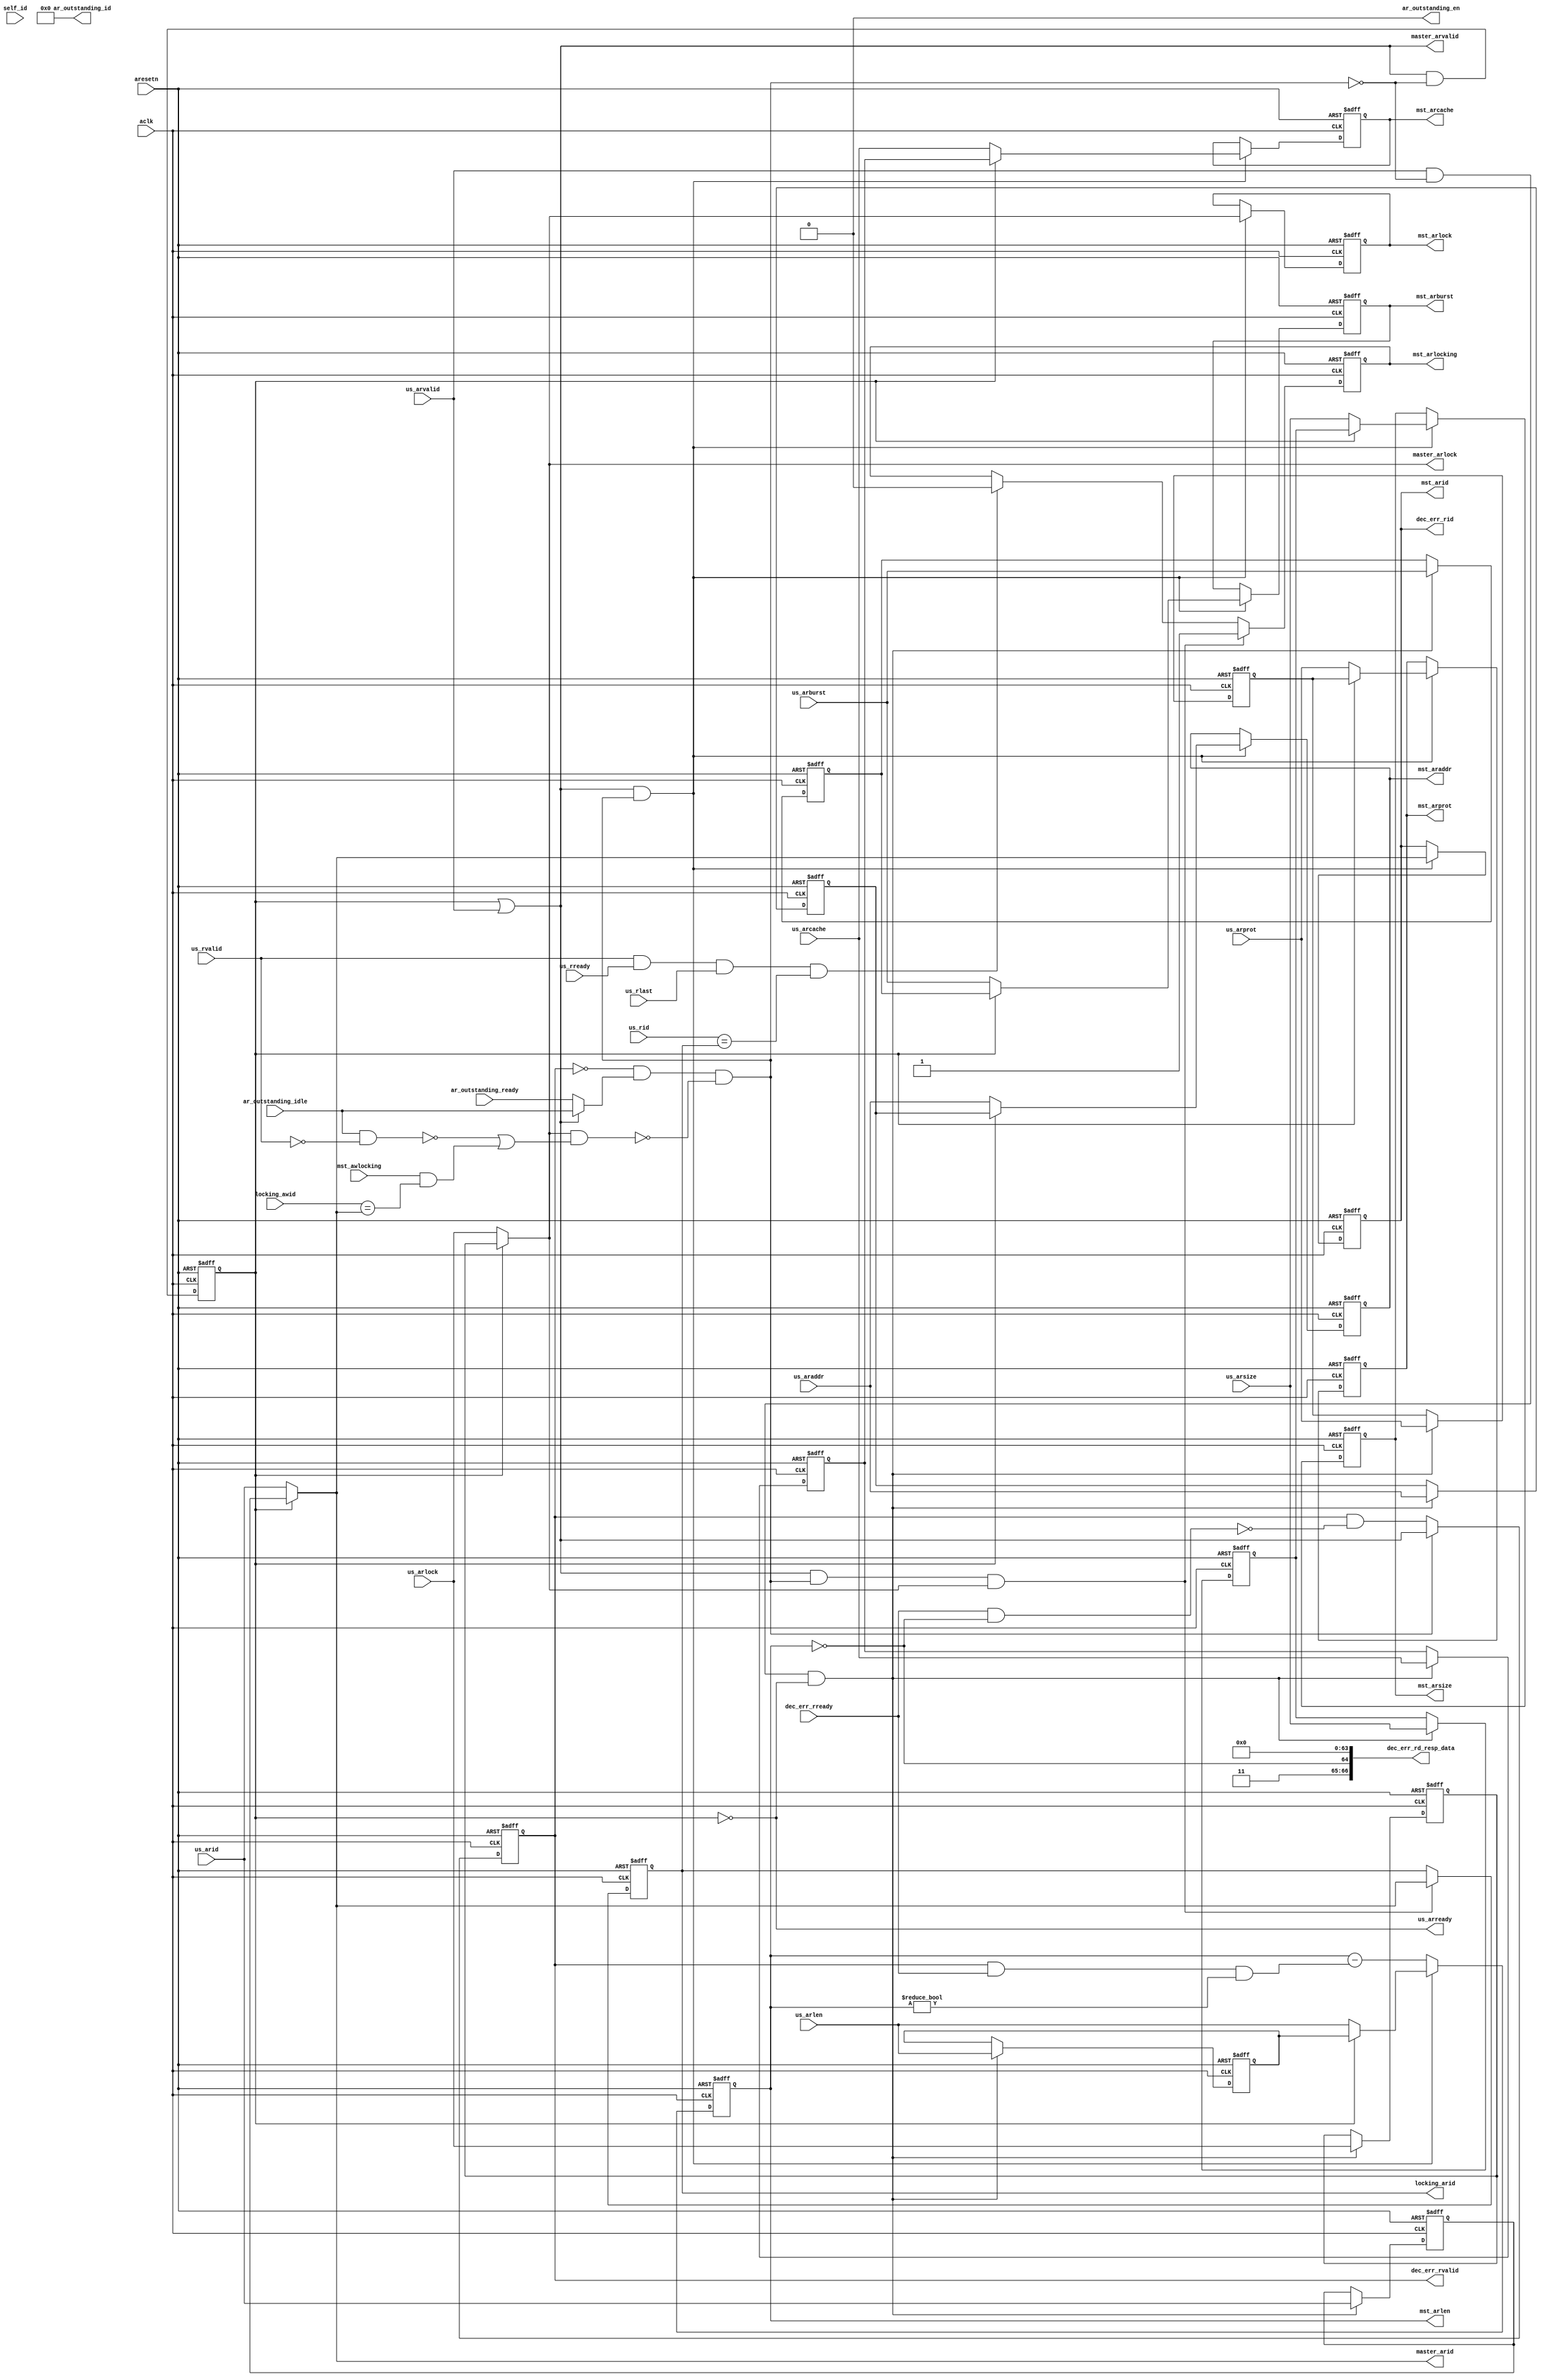
module atcbmc300_us_read_addr_ctrl (
// VPERL: &PORTLIST;
// VPERL_GENERATED_BEGIN
	  self_id,  
`ifdef ATCBMC300_SLV0_SUPPORT
	  slv0_ar_mid,
	  slv0_arready,
	  slv0_masked_base_addr,
	  slv0_addr_mask,
	  slv0_arvalid,
	  slv0_connect,
`endif // ATCBMC300_SLV0_SUPPORT
`ifdef ATCBMC300_SLV1_SUPPORT
	  slv1_ar_mid,
	  slv1_arready,
	  slv1_masked_base_addr,
	  slv1_addr_mask,
	  slv1_arvalid,
	  slv1_connect,
`endif // ATCBMC300_SLV1_SUPPORT
`ifdef ATCBMC300_SLV2_SUPPORT
	  slv2_ar_mid,
	  slv2_arready,
	  slv2_masked_base_addr,
	  slv2_addr_mask,
	  slv2_arvalid,
	  slv2_connect,
`endif // ATCBMC300_SLV2_SUPPORT
`ifdef ATCBMC300_SLV3_SUPPORT
	  slv3_ar_mid,
	  slv3_arready,
	  slv3_masked_base_addr,
	  slv3_addr_mask,
	  slv3_arvalid,
	  slv3_connect,
`endif // ATCBMC300_SLV3_SUPPORT
`ifdef ATCBMC300_SLV4_SUPPORT
	  slv4_ar_mid,
	  slv4_arready,
	  slv4_masked_base_addr,
	  slv4_addr_mask,
	  slv4_arvalid,
	  slv4_connect,
`endif // ATCBMC300_SLV4_SUPPORT
`ifdef ATCBMC300_SLV5_SUPPORT
	  slv5_ar_mid,
	  slv5_arready,
	  slv5_masked_base_addr,
	  slv5_addr_mask,
	  slv5_arvalid,
	  slv5_connect,
`endif // ATCBMC300_SLV5_SUPPORT
`ifdef ATCBMC300_SLV6_SUPPORT
	  slv6_ar_mid,
	  slv6_arready,
	  slv6_masked_base_addr,
	  slv6_addr_mask,
	  slv6_arvalid,
	  slv6_connect,
`endif // ATCBMC300_SLV6_SUPPORT
`ifdef ATCBMC300_SLV7_SUPPORT
	  slv7_ar_mid,
	  slv7_arready,
	  slv7_masked_base_addr,
	  slv7_addr_mask,
	  slv7_arvalid,
	  slv7_connect,
`endif // ATCBMC300_SLV7_SUPPORT
`ifdef ATCBMC300_SLV8_SUPPORT
	  slv8_ar_mid,
	  slv8_arready,
	  slv8_masked_base_addr,
	  slv8_addr_mask,
	  slv8_arvalid,
	  slv8_connect,
`endif // ATCBMC300_SLV8_SUPPORT
`ifdef ATCBMC300_SLV9_SUPPORT
	  slv9_ar_mid,
	  slv9_arready,
	  slv9_masked_base_addr,
	  slv9_addr_mask,
	  slv9_arvalid,
	  slv9_connect,
`endif // ATCBMC300_SLV9_SUPPORT
`ifdef ATCBMC300_SLV10_SUPPORT
	  slv10_ar_mid,
	  slv10_arready,
	  slv10_masked_base_addr,
	  slv10_addr_mask,
	  slv10_arvalid,
	  slv10_connect,
`endif // ATCBMC300_SLV10_SUPPORT
`ifdef ATCBMC300_SLV11_SUPPORT
	  slv11_ar_mid,
	  slv11_arready,
	  slv11_masked_base_addr,
	  slv11_addr_mask,
	  slv11_arvalid,
	  slv11_connect,
`endif // ATCBMC300_SLV11_SUPPORT
`ifdef ATCBMC300_SLV12_SUPPORT
	  slv12_ar_mid,
	  slv12_arready,
	  slv12_masked_base_addr,
	  slv12_addr_mask,
	  slv12_arvalid,
	  slv12_connect,
`endif // ATCBMC300_SLV12_SUPPORT
`ifdef ATCBMC300_SLV13_SUPPORT
	  slv13_ar_mid,
	  slv13_arready,
	  slv13_masked_base_addr,
	  slv13_addr_mask,
	  slv13_arvalid,
	  slv13_connect,
`endif // ATCBMC300_SLV13_SUPPORT
`ifdef ATCBMC300_SLV14_SUPPORT
	  slv14_ar_mid,
	  slv14_arready,
	  slv14_masked_base_addr,
	  slv14_addr_mask,
	  slv14_arvalid,
	  slv14_connect,
`endif // ATCBMC300_SLV14_SUPPORT
`ifdef ATCBMC300_SLV15_SUPPORT
	  slv15_ar_mid,
	  slv15_arready,
	  slv15_masked_base_addr,
	  slv15_addr_mask,
	  slv15_arvalid,
	  slv15_connect,
`endif // ATCBMC300_SLV15_SUPPORT
`ifdef ATCBMC300_SLV16_SUPPORT
	  slv16_ar_mid,
	  slv16_arready,
	  slv16_masked_base_addr,
	  slv16_addr_mask,
	  slv16_arvalid,
	  slv16_connect,
`endif // ATCBMC300_SLV16_SUPPORT
`ifdef ATCBMC300_SLV17_SUPPORT
	  slv17_ar_mid,
	  slv17_arready,
	  slv17_masked_base_addr,
	  slv17_addr_mask,
	  slv17_arvalid,
	  slv17_connect,
`endif // ATCBMC300_SLV17_SUPPORT
`ifdef ATCBMC300_SLV18_SUPPORT
	  slv18_ar_mid,
	  slv18_arready,
	  slv18_masked_base_addr,
	  slv18_addr_mask,
	  slv18_arvalid,
	  slv18_connect,
`endif // ATCBMC300_SLV18_SUPPORT
`ifdef ATCBMC300_SLV19_SUPPORT
	  slv19_ar_mid,
	  slv19_arready,
	  slv19_masked_base_addr,
	  slv19_addr_mask,
	  slv19_arvalid,
	  slv19_connect,
`endif // ATCBMC300_SLV19_SUPPORT
`ifdef ATCBMC300_SLV20_SUPPORT
	  slv20_ar_mid,
	  slv20_arready,
	  slv20_masked_base_addr,
	  slv20_addr_mask,
	  slv20_arvalid,
	  slv20_connect,
`endif // ATCBMC300_SLV20_SUPPORT
`ifdef ATCBMC300_SLV21_SUPPORT
	  slv21_ar_mid,
	  slv21_arready,
	  slv21_masked_base_addr,
	  slv21_addr_mask,
	  slv21_arvalid,
	  slv21_connect,
`endif // ATCBMC300_SLV21_SUPPORT
`ifdef ATCBMC300_SLV22_SUPPORT
	  slv22_ar_mid,
	  slv22_arready,
	  slv22_masked_base_addr,
	  slv22_addr_mask,
	  slv22_arvalid,
	  slv22_connect,
`endif // ATCBMC300_SLV22_SUPPORT
`ifdef ATCBMC300_SLV23_SUPPORT
	  slv23_ar_mid,
	  slv23_arready,
	  slv23_masked_base_addr,
	  slv23_addr_mask,
	  slv23_arvalid,
	  slv23_connect,
`endif // ATCBMC300_SLV23_SUPPORT
`ifdef ATCBMC300_SLV24_SUPPORT
	  slv24_ar_mid,
	  slv24_arready,
	  slv24_masked_base_addr,
	  slv24_addr_mask,
	  slv24_arvalid,
	  slv24_connect,
`endif // ATCBMC300_SLV24_SUPPORT
`ifdef ATCBMC300_SLV25_SUPPORT
	  slv25_ar_mid,
	  slv25_arready,
	  slv25_masked_base_addr,
	  slv25_addr_mask,
	  slv25_arvalid,
	  slv25_connect,
`endif // ATCBMC300_SLV25_SUPPORT
`ifdef ATCBMC300_SLV26_SUPPORT
	  slv26_ar_mid,
	  slv26_arready,
	  slv26_masked_base_addr,
	  slv26_addr_mask,
	  slv26_arvalid,
	  slv26_connect,
`endif // ATCBMC300_SLV26_SUPPORT
`ifdef ATCBMC300_SLV27_SUPPORT
	  slv27_ar_mid,
	  slv27_arready,
	  slv27_masked_base_addr,
	  slv27_addr_mask,
	  slv27_arvalid,
	  slv27_connect,
`endif // ATCBMC300_SLV27_SUPPORT
`ifdef ATCBMC300_SLV28_SUPPORT
	  slv28_ar_mid,
	  slv28_arready,
	  slv28_masked_base_addr,
	  slv28_addr_mask,
	  slv28_arvalid,
	  slv28_connect,
`endif // ATCBMC300_SLV28_SUPPORT
`ifdef ATCBMC300_SLV29_SUPPORT
	  slv29_ar_mid,
	  slv29_arready,
	  slv29_masked_base_addr,
	  slv29_addr_mask,
	  slv29_arvalid,
	  slv29_connect,
`endif // ATCBMC300_SLV29_SUPPORT
`ifdef ATCBMC300_SLV30_SUPPORT
	  slv30_ar_mid,
	  slv30_arready,
	  slv30_masked_base_addr,
	  slv30_addr_mask,
	  slv30_arvalid,
	  slv30_connect,
`endif // ATCBMC300_SLV30_SUPPORT
`ifdef ATCBMC300_SLV31_SUPPORT
	  slv31_ar_mid,
	  slv31_arready,
	  slv31_masked_base_addr,
	  slv31_addr_mask,
	  slv31_arvalid,
	  slv31_connect,
`endif // ATCBMC300_SLV31_SUPPORT
	  us_araddr,
	  us_arlen, 
	  us_arsize,
	  us_arburst,
	  us_arlock,
	  us_arcache,
	  us_arprot,
	  us_arid,  
	  us_arvalid,
	  us_arready,
	  mst_araddr,
	  mst_arlen,
	  mst_arsize,
	  mst_arburst,
	  mst_arlock,
	  mst_arcache,
	  mst_arprot,
	  mst_arid, 
	  dec_err_rvalid,
	  us_rid,   
	  us_rlast, 
	  us_rready,
	  us_rvalid,
	  master_arlock,
	  master_arvalid,
	  master_arid,
	  mst_arlocking,
	  locking_arid,
	  mst_awlocking,
	  locking_awid,
	  dec_err_rready,
	  dec_err_rd_resp_data,
	  dec_err_rid,
	  ar_outstanding_en,
	  ar_outstanding_id,
	  ar_outstanding_ready,
	  ar_outstanding_idle,
	  aclk,     
	  aresetn   
// VPERL_GENERATED_END
);
parameter ADDR_WIDTH = 32;
parameter DATA_WIDTH = 64;
parameter ID_WIDTH   = 4;
parameter RESP_INORDER_ONLY = 1;
parameter OUTSTAND_ID_WIDTH = 5;

localparam ADDR_MSB = ADDR_WIDTH - 1;
localparam DATA_MSB = DATA_WIDTH - 1;
localparam ID_MSB   = ID_WIDTH - 1;
localparam OUTSTAND_ID_MSB = OUTSTAND_ID_WIDTH - 1;

input [3:0]     self_id;
//# VPERL_BEGIN
//  for ($i=0;$i<32;$i++) {
// :`ifdef ATCBMC300_SLV${i}_SUPPORT
// : input [3:0]        slv${i}_ar_mid;
// : input              slv${i}_arready;
// : input [64:0]	slv${i}_masked_base_addr;
// : input [64:0]	slv${i}_addr_mask;
// : output		slv${i}_arvalid;
// : input              slv${i}_connect;
// : `endif
// }
//# VPERL_END

//# VPERL_GENERATED_BEGIN
`ifdef ATCBMC300_SLV0_SUPPORT
input [3:0]        slv0_ar_mid;
input              slv0_arready;
input [64:0]	   slv0_masked_base_addr;
input [64:0]   	   slv0_addr_mask;
output		   slv0_arvalid;
input              slv0_connect;
`endif
`ifdef ATCBMC300_SLV1_SUPPORT
input [3:0]        slv1_ar_mid;
input              slv1_arready;
input [64:0]	slv1_masked_base_addr;
input [64:0]	slv1_addr_mask;
output		slv1_arvalid;
input              slv1_connect;
`endif
`ifdef ATCBMC300_SLV2_SUPPORT
input [3:0]        slv2_ar_mid;
input              slv2_arready;
input [64:0]	slv2_masked_base_addr;
input [64:0]	slv2_addr_mask;
output		slv2_arvalid;
input              slv2_connect;
`endif
`ifdef ATCBMC300_SLV3_SUPPORT
input [3:0]        slv3_ar_mid;
input              slv3_arready;
input [64:0]	slv3_masked_base_addr;
input [64:0]	slv3_addr_mask;
output		slv3_arvalid;
input              slv3_connect;
`endif
`ifdef ATCBMC300_SLV4_SUPPORT
input [3:0]        slv4_ar_mid;
input              slv4_arready;
input [64:0]	slv4_masked_base_addr;
input [64:0]	slv4_addr_mask;
output		slv4_arvalid;
input              slv4_connect;
`endif
`ifdef ATCBMC300_SLV5_SUPPORT
input [3:0]        slv5_ar_mid;
input              slv5_arready;
input [64:0]	slv5_masked_base_addr;
input [64:0]	slv5_addr_mask;
output		slv5_arvalid;
input              slv5_connect;
`endif
`ifdef ATCBMC300_SLV6_SUPPORT
input [3:0]        slv6_ar_mid;
input              slv6_arready;
input [64:0]	slv6_masked_base_addr;
input [64:0]	slv6_addr_mask;
output		slv6_arvalid;
input              slv6_connect;
`endif
`ifdef ATCBMC300_SLV7_SUPPORT
input [3:0]        slv7_ar_mid;
input              slv7_arready;
input [64:0]	slv7_masked_base_addr;
input [64:0]	slv7_addr_mask;
output		slv7_arvalid;
input              slv7_connect;
`endif
`ifdef ATCBMC300_SLV8_SUPPORT
input [3:0]        slv8_ar_mid;
input              slv8_arready;
input [64:0]	slv8_masked_base_addr;
input [64:0]	slv8_addr_mask;
output		slv8_arvalid;
input              slv8_connect;
`endif
`ifdef ATCBMC300_SLV9_SUPPORT
input [3:0]        slv9_ar_mid;
input              slv9_arready;
input [64:0]	slv9_masked_base_addr;
input [64:0]	slv9_addr_mask;
output		slv9_arvalid;
input              slv9_connect;
`endif
`ifdef ATCBMC300_SLV10_SUPPORT
input [3:0]        slv10_ar_mid;
input              slv10_arready;
input [64:0]	slv10_masked_base_addr;
input [64:0]	slv10_addr_mask;
output		slv10_arvalid;
input              slv10_connect;
`endif
`ifdef ATCBMC300_SLV11_SUPPORT
input [3:0]        slv11_ar_mid;
input              slv11_arready;
input [64:0]	slv11_masked_base_addr;
input [64:0]	slv11_addr_mask;
output		slv11_arvalid;
input              slv11_connect;
`endif
`ifdef ATCBMC300_SLV12_SUPPORT
input [3:0]        slv12_ar_mid;
input              slv12_arready;
input [64:0]	slv12_masked_base_addr;
input [64:0]	slv12_addr_mask;
output		slv12_arvalid;
input              slv12_connect;
`endif
`ifdef ATCBMC300_SLV13_SUPPORT
input [3:0]        slv13_ar_mid;
input              slv13_arready;
input [64:0]	slv13_masked_base_addr;
input [64:0]	slv13_addr_mask;
output		slv13_arvalid;
input              slv13_connect;
`endif
`ifdef ATCBMC300_SLV14_SUPPORT
input [3:0]        slv14_ar_mid;
input              slv14_arready;
input [64:0]	slv14_masked_base_addr;
input [64:0]	slv14_addr_mask;
output		slv14_arvalid;
input              slv14_connect;
`endif
`ifdef ATCBMC300_SLV15_SUPPORT
input [3:0]        slv15_ar_mid;
input              slv15_arready;
input [64:0]	slv15_masked_base_addr;
input [64:0]	slv15_addr_mask;
output		slv15_arvalid;
input              slv15_connect;
`endif
`ifdef ATCBMC300_SLV16_SUPPORT
input [3:0]        slv16_ar_mid;
input              slv16_arready;
input [64:0]	slv16_masked_base_addr;
input [64:0]	slv16_addr_mask;
output		slv16_arvalid;
input              slv16_connect;
`endif
`ifdef ATCBMC300_SLV17_SUPPORT
input [3:0]        slv17_ar_mid;
input              slv17_arready;
input [64:0]	slv17_masked_base_addr;
input [64:0]	slv17_addr_mask;
output		slv17_arvalid;
input              slv17_connect;
`endif
`ifdef ATCBMC300_SLV18_SUPPORT
input [3:0]        slv18_ar_mid;
input              slv18_arready;
input [64:0]	slv18_masked_base_addr;
input [64:0]	slv18_addr_mask;
output		slv18_arvalid;
input              slv18_connect;
`endif
`ifdef ATCBMC300_SLV19_SUPPORT
input [3:0]        slv19_ar_mid;
input              slv19_arready;
input [64:0]	slv19_masked_base_addr;
input [64:0]	slv19_addr_mask;
output		slv19_arvalid;
input              slv19_connect;
`endif
`ifdef ATCBMC300_SLV20_SUPPORT
input [3:0]        slv20_ar_mid;
input              slv20_arready;
input [64:0]	slv20_masked_base_addr;
input [64:0]	slv20_addr_mask;
output		slv20_arvalid;
input              slv20_connect;
`endif
`ifdef ATCBMC300_SLV21_SUPPORT
input [3:0]        slv21_ar_mid;
input              slv21_arready;
input [64:0]	slv21_masked_base_addr;
input [64:0]	slv21_addr_mask;
output		slv21_arvalid;
input              slv21_connect;
`endif
`ifdef ATCBMC300_SLV22_SUPPORT
input [3:0]        slv22_ar_mid;
input              slv22_arready;
input [64:0]	slv22_masked_base_addr;
input [64:0]	slv22_addr_mask;
output		slv22_arvalid;
input              slv22_connect;
`endif
`ifdef ATCBMC300_SLV23_SUPPORT
input [3:0]        slv23_ar_mid;
input              slv23_arready;
input [64:0]	slv23_masked_base_addr;
input [64:0]	slv23_addr_mask;
output		slv23_arvalid;
input              slv23_connect;
`endif
`ifdef ATCBMC300_SLV24_SUPPORT
input [3:0]        slv24_ar_mid;
input              slv24_arready;
input [64:0]	slv24_masked_base_addr;
input [64:0]	slv24_addr_mask;
output		slv24_arvalid;
input              slv24_connect;
`endif
`ifdef ATCBMC300_SLV25_SUPPORT
input [3:0]        slv25_ar_mid;
input              slv25_arready;
input [64:0]	slv25_masked_base_addr;
input [64:0]	slv25_addr_mask;
output		slv25_arvalid;
input              slv25_connect;
`endif
`ifdef ATCBMC300_SLV26_SUPPORT
input [3:0]        slv26_ar_mid;
input              slv26_arready;
input [64:0]	slv26_masked_base_addr;
input [64:0]	slv26_addr_mask;
output		slv26_arvalid;
input              slv26_connect;
`endif
`ifdef ATCBMC300_SLV27_SUPPORT
input [3:0]        slv27_ar_mid;
input              slv27_arready;
input [64:0]	slv27_masked_base_addr;
input [64:0]	slv27_addr_mask;
output		slv27_arvalid;
input              slv27_connect;
`endif
`ifdef ATCBMC300_SLV28_SUPPORT
input [3:0]        slv28_ar_mid;
input              slv28_arready;
input [64:0]	slv28_masked_base_addr;
input [64:0]	slv28_addr_mask;
output		slv28_arvalid;
input              slv28_connect;
`endif
`ifdef ATCBMC300_SLV29_SUPPORT
input [3:0]        slv29_ar_mid;
input              slv29_arready;
input [64:0]	slv29_masked_base_addr;
input [64:0]	slv29_addr_mask;
output		slv29_arvalid;
input              slv29_connect;
`endif
`ifdef ATCBMC300_SLV30_SUPPORT
input [3:0]        slv30_ar_mid;
input              slv30_arready;
input [64:0]	slv30_masked_base_addr;
input [64:0]	slv30_addr_mask;
output		slv30_arvalid;
input              slv30_connect;
`endif
`ifdef ATCBMC300_SLV31_SUPPORT
input [3:0]        slv31_ar_mid;
input              slv31_arready;
input [64:0]	slv31_masked_base_addr;
input [64:0]	slv31_addr_mask;
output		slv31_arvalid;
input              slv31_connect;
`endif
//# VPERL_GENERATED_END
input [ADDR_MSB:0] us_araddr;
input [7:0]        us_arlen;
input [2:0]        us_arsize;
input [1:0]        us_arburst;
input 	           us_arlock;
input [3:0]        us_arcache;
input [2:0]        us_arprot;
input [ID_MSB:0]   us_arid;       
input              us_arvalid;
output             us_arready;

output [ADDR_MSB:0] mst_araddr;
output [7:0]        mst_arlen;
output [2:0]        mst_arsize;
output [1:0]        mst_arburst;
output 	            mst_arlock;
output [3:0]        mst_arcache;
output [2:0]        mst_arprot;
output [ID_MSB:0]   mst_arid;       
output 		    dec_err_rvalid;
input [ID_MSB:0]    us_rid;
input               us_rlast;
input               us_rready;
input               us_rvalid;
output       	    master_arlock;
output        	    master_arvalid;
output 	[ID_MSB:0]  master_arid;
output 		    mst_arlocking;
output [ID_MSB:0]   locking_arid;
input 		    mst_awlocking;
input [ID_MSB:0]    locking_awid;
input		    dec_err_rready;
//input  [3:0]	    def_slave_amid;
output [(DATA_MSB+3):0] dec_err_rd_resp_data;
output [ID_MSB:0]   dec_err_rid;       
output 		    ar_outstanding_en;
output [OUTSTAND_ID_MSB:0]  	    ar_outstanding_id;
input		    ar_outstanding_ready;
input     	    ar_outstanding_idle;
input aclk;
input aresetn;

reg [ADDR_MSB:0] pending_araddr;
reg [7:0]        pending_arlen;
reg [2:0]        pending_arsize;
reg [1:0]        pending_arburst;
reg 	         pending_arlock;
reg [3:0]        pending_arcache;
reg [2:0]        pending_arprot;
reg [ID_MSB:0]   pending_arid;
reg              pending_arvalid;
reg [ADDR_MSB:0] mst_araddr;
reg [7:0]        mst_arlen;
reg [2:0]        mst_arsize;
reg [1:0]        mst_arburst;
reg 	         mst_arlock;
reg [3:0]        mst_arcache;
reg [2:0]        mst_arprot;
reg [ID_MSB:0]   mst_arid;       
reg 		 dec_err_rvalid;
reg 		 mst_arlocking;
reg [ID_MSB:0]   locking_arid;
wire [31:0]      mst_arvalid;
wire [ADDR_MSB:0] master_araddr;
wire [ID_MSB:0] master_arid;
wire        master_arvalid;
wire        master_arlock;
wire [31:0] slave_arready;
wire [31:0] slave_hit;
wire [31:0] slave_pre_hit;
wire        master_arready;
wire        data_channel_ready;
wire        read_exclusive_blocking;
wire [4:0]  slave_sel_id;
wire	    dec_err_sel;

generate
	if (RESP_INORDER_ONLY==1) begin:only_slave_id
		assign ar_outstanding_id = slave_sel_id;
	end else begin:include_arid
		assign ar_outstanding_id = {master_arid,slave_sel_id};
	end
endgenerate

assign slave_sel_id[4] =  |slave_hit[31:16];
assign slave_sel_id[3] = |{slave_hit[31:24],slave_hit[15:08]};
assign slave_sel_id[2] = |{slave_hit[31:28],slave_hit[23:20],
     	          	   slave_hit[15:12],slave_hit[07:04]};
assign slave_sel_id[1] = |{slave_hit[31:30],slave_hit[27:26],
                           slave_hit[23:22],slave_hit[19:18], 
                           slave_hit[15:14],slave_hit[11:10], 
                           slave_hit[07:06],slave_hit[03:02]};
assign slave_sel_id[0] = |{slave_hit[31],slave_hit[29],slave_hit[27],slave_hit[25],
                           slave_hit[23],slave_hit[21],slave_hit[19],slave_hit[17], 
                           slave_hit[15],slave_hit[13],slave_hit[11],slave_hit[09], 
                           slave_hit[07],slave_hit[05],slave_hit[03],slave_hit[01]};
assign dec_err_sel = master_arvalid & (~|slave_hit);
assign ar_outstanding_en = (|slave_hit) & master_arready;
// VPERL_BEGIN
//  for ($i=0;$i<32;$i++) {
// :`ifdef ATCBMC300_SLV${i}_SUPPORT
// : reg slv${i}_arvalid;
// :always @(posedge aclk or negedge aresetn) begin
// :	if (!aresetn)
// :		slv${i}_arvalid <= 1'b0;
// :	else 
// :		slv${i}_arvalid <= master_arready ? slave_hit[${i}] : (slv${i}_arvalid & ~slave_arready[${i}]);
// :end
// :
// :	assign mst_arvalid[${i}] = slv${i}_arvalid;
// :	assign slave_pre_hit[${i}] = master_arvalid & slv${i}_connect & (slv${i}_masked_base_addr==({{(65-ADDR_WIDTH){1'b0}},master_araddr} & slv${i}_addr_mask));
// :	`ifdef ATCBMC300_PRIORITY_DECODE
//		if ($i == 0) {
// :		assign slave_hit[${i}] = slave_pre_hit[${i}];
//		} elsif ($i == 1) {
// :		assign slave_hit[${i}] = slave_pre_hit[${i}] & (~slave_pre_hit[0]);
//		} else {
// :		assign slave_hit[${i}] = slave_pre_hit[${i}] & (~(|slave_pre_hit[%d:0]));	:: $i-1 
//		}
// :	`else
// :		assign slave_hit[${i}] = slave_pre_hit[${i}];
// :	`endif // ATCBMC300_PRIORITY_DECODE
// :	assign slave_arready[${i}] = (slv${i}_ar_mid==self_id) & slv${i}_arready & slv${i}_connect;
// :`else 
// : 	assign    slave_hit[${i}] = 1'b0;
// : 	assign    slave_pre_hit[${i}] = 1'b0;
// :	assign slave_arready[${i}] = 1'b0;
// :	assign   mst_arvalid[${i}] = 1'b0;
// :`endif
// }
// VPERL_END

// VPERL_GENERATED_BEGIN
`ifdef ATCBMC300_SLV0_SUPPORT
reg slv0_arvalid;
always @(posedge aclk or negedge aresetn) begin
	if (!aresetn)
		slv0_arvalid <= 1'b0;
	else
		slv0_arvalid <= master_arready ? slave_hit[0] : (slv0_arvalid & ~slave_arready[0]);
end

	assign mst_arvalid[0] = slv0_arvalid;
	assign slave_pre_hit[0] = master_arvalid & slv0_connect & (slv0_masked_base_addr==({{(65-ADDR_WIDTH){1'b0}},master_araddr} & slv0_addr_mask));
	`ifdef ATCBMC300_PRIORITY_DECODE
		assign slave_hit[0] = slave_pre_hit[0];
	`else
		assign slave_hit[0] = slave_pre_hit[0];
	`endif // ATCBMC300_PRIORITY_DECODE
	assign slave_arready[0] = (slv0_ar_mid==self_id) & slv0_arready & slv0_connect;
`else
	assign    slave_hit[0] = 1'b0;
	assign    slave_pre_hit[0] = 1'b0;
	assign slave_arready[0] = 1'b0;
	assign   mst_arvalid[0] = 1'b0;
`endif
`ifdef ATCBMC300_SLV1_SUPPORT
reg slv1_arvalid;
always @(posedge aclk or negedge aresetn) begin
	if (!aresetn)
		slv1_arvalid <= 1'b0;
	else
		slv1_arvalid <= master_arready ? slave_hit[1] : (slv1_arvalid & ~slave_arready[1]);
end

	assign mst_arvalid[1] = slv1_arvalid;
	assign slave_pre_hit[1] = master_arvalid & slv1_connect & (slv1_masked_base_addr==({{(65-ADDR_WIDTH){1'b0}},master_araddr} & slv1_addr_mask));
	`ifdef ATCBMC300_PRIORITY_DECODE
		assign slave_hit[1] = slave_pre_hit[1] & (~slave_pre_hit[0]);
	`else
		assign slave_hit[1] = slave_pre_hit[1];
	`endif // ATCBMC300_PRIORITY_DECODE
	assign slave_arready[1] = (slv1_ar_mid==self_id) & slv1_arready & slv1_connect;
`else
	assign    slave_hit[1] = 1'b0;
	assign    slave_pre_hit[1] = 1'b0;
	assign slave_arready[1] = 1'b0;
	assign   mst_arvalid[1] = 1'b0;
`endif
`ifdef ATCBMC300_SLV2_SUPPORT
reg slv2_arvalid;
always @(posedge aclk or negedge aresetn) begin
	if (!aresetn)
		slv2_arvalid <= 1'b0;
	else
		slv2_arvalid <= master_arready ? slave_hit[2] : (slv2_arvalid & ~slave_arready[2]);
end

	assign mst_arvalid[2] = slv2_arvalid;
	assign slave_pre_hit[2] = master_arvalid & slv2_connect & (slv2_masked_base_addr==({{(65-ADDR_WIDTH){1'b0}},master_araddr} & slv2_addr_mask));
	`ifdef ATCBMC300_PRIORITY_DECODE
		assign slave_hit[2] = slave_pre_hit[2] & (~(|slave_pre_hit[1:0]));
	`else
		assign slave_hit[2] = slave_pre_hit[2];
	`endif // ATCBMC300_PRIORITY_DECODE
	assign slave_arready[2] = (slv2_ar_mid==self_id) & slv2_arready & slv2_connect;
`else
	assign    slave_hit[2] = 1'b0;
	assign    slave_pre_hit[2] = 1'b0;
	assign slave_arready[2] = 1'b0;
	assign   mst_arvalid[2] = 1'b0;
`endif
`ifdef ATCBMC300_SLV3_SUPPORT
reg slv3_arvalid;
always @(posedge aclk or negedge aresetn) begin
	if (!aresetn)
		slv3_arvalid <= 1'b0;
	else
		slv3_arvalid <= master_arready ? slave_hit[3] : (slv3_arvalid & ~slave_arready[3]);
end

	assign mst_arvalid[3] = slv3_arvalid;
	assign slave_pre_hit[3] = master_arvalid & slv3_connect & (slv3_masked_base_addr==({{(65-ADDR_WIDTH){1'b0}},master_araddr} & slv3_addr_mask));
	`ifdef ATCBMC300_PRIORITY_DECODE
		assign slave_hit[3] = slave_pre_hit[3] & (~(|slave_pre_hit[2:0]));
	`else
		assign slave_hit[3] = slave_pre_hit[3];
	`endif // ATCBMC300_PRIORITY_DECODE
	assign slave_arready[3] = (slv3_ar_mid==self_id) & slv3_arready & slv3_connect;
`else
	assign    slave_hit[3] = 1'b0;
	assign    slave_pre_hit[3] = 1'b0;
	assign slave_arready[3] = 1'b0;
	assign   mst_arvalid[3] = 1'b0;
`endif
`ifdef ATCBMC300_SLV4_SUPPORT
reg slv4_arvalid;
always @(posedge aclk or negedge aresetn) begin
	if (!aresetn)
		slv4_arvalid <= 1'b0;
	else
		slv4_arvalid <= master_arready ? slave_hit[4] : (slv4_arvalid & ~slave_arready[4]);
end

	assign mst_arvalid[4] = slv4_arvalid;
	assign slave_pre_hit[4] = master_arvalid & slv4_connect & (slv4_masked_base_addr==({{(65-ADDR_WIDTH){1'b0}},master_araddr} & slv4_addr_mask));
	`ifdef ATCBMC300_PRIORITY_DECODE
		assign slave_hit[4] = slave_pre_hit[4] & (~(|slave_pre_hit[3:0]));
	`else
		assign slave_hit[4] = slave_pre_hit[4];
	`endif // ATCBMC300_PRIORITY_DECODE
	assign slave_arready[4] = (slv4_ar_mid==self_id) & slv4_arready & slv4_connect;
`else
	assign    slave_hit[4] = 1'b0;
	assign    slave_pre_hit[4] = 1'b0;
	assign slave_arready[4] = 1'b0;
	assign   mst_arvalid[4] = 1'b0;
`endif
`ifdef ATCBMC300_SLV5_SUPPORT
reg slv5_arvalid;
always @(posedge aclk or negedge aresetn) begin
	if (!aresetn)
		slv5_arvalid <= 1'b0;
	else
		slv5_arvalid <= master_arready ? slave_hit[5] : (slv5_arvalid & ~slave_arready[5]);
end

	assign mst_arvalid[5] = slv5_arvalid;
	assign slave_pre_hit[5] = master_arvalid & slv5_connect & (slv5_masked_base_addr==({{(65-ADDR_WIDTH){1'b0}},master_araddr} & slv5_addr_mask));
	`ifdef ATCBMC300_PRIORITY_DECODE
		assign slave_hit[5] = slave_pre_hit[5] & (~(|slave_pre_hit[4:0]));
	`else
		assign slave_hit[5] = slave_pre_hit[5];
	`endif // ATCBMC300_PRIORITY_DECODE
	assign slave_arready[5] = (slv5_ar_mid==self_id) & slv5_arready & slv5_connect;
`else
	assign    slave_hit[5] = 1'b0;
	assign    slave_pre_hit[5] = 1'b0;
	assign slave_arready[5] = 1'b0;
	assign   mst_arvalid[5] = 1'b0;
`endif
`ifdef ATCBMC300_SLV6_SUPPORT
reg slv6_arvalid;
always @(posedge aclk or negedge aresetn) begin
	if (!aresetn)
		slv6_arvalid <= 1'b0;
	else
		slv6_arvalid <= master_arready ? slave_hit[6] : (slv6_arvalid & ~slave_arready[6]);
end

	assign mst_arvalid[6] = slv6_arvalid;
	assign slave_pre_hit[6] = master_arvalid & slv6_connect & (slv6_masked_base_addr==({{(65-ADDR_WIDTH){1'b0}},master_araddr} & slv6_addr_mask));
	`ifdef ATCBMC300_PRIORITY_DECODE
		assign slave_hit[6] = slave_pre_hit[6] & (~(|slave_pre_hit[5:0]));
	`else
		assign slave_hit[6] = slave_pre_hit[6];
	`endif // ATCBMC300_PRIORITY_DECODE
	assign slave_arready[6] = (slv6_ar_mid==self_id) & slv6_arready & slv6_connect;
`else
	assign    slave_hit[6] = 1'b0;
	assign    slave_pre_hit[6] = 1'b0;
	assign slave_arready[6] = 1'b0;
	assign   mst_arvalid[6] = 1'b0;
`endif
`ifdef ATCBMC300_SLV7_SUPPORT
reg slv7_arvalid;
always @(posedge aclk or negedge aresetn) begin
	if (!aresetn)
		slv7_arvalid <= 1'b0;
	else
		slv7_arvalid <= master_arready ? slave_hit[7] : (slv7_arvalid & ~slave_arready[7]);
end

	assign mst_arvalid[7] = slv7_arvalid;
	assign slave_pre_hit[7] = master_arvalid & slv7_connect & (slv7_masked_base_addr==({{(65-ADDR_WIDTH){1'b0}},master_araddr} & slv7_addr_mask));
	`ifdef ATCBMC300_PRIORITY_DECODE
		assign slave_hit[7] = slave_pre_hit[7] & (~(|slave_pre_hit[6:0]));
	`else
		assign slave_hit[7] = slave_pre_hit[7];
	`endif // ATCBMC300_PRIORITY_DECODE
	assign slave_arready[7] = (slv7_ar_mid==self_id) & slv7_arready & slv7_connect;
`else
	assign    slave_hit[7] = 1'b0;
	assign    slave_pre_hit[7] = 1'b0;
	assign slave_arready[7] = 1'b0;
	assign   mst_arvalid[7] = 1'b0;
`endif
`ifdef ATCBMC300_SLV8_SUPPORT
reg slv8_arvalid;
always @(posedge aclk or negedge aresetn) begin
	if (!aresetn)
		slv8_arvalid <= 1'b0;
	else
		slv8_arvalid <= master_arready ? slave_hit[8] : (slv8_arvalid & ~slave_arready[8]);
end

	assign mst_arvalid[8] = slv8_arvalid;
	assign slave_pre_hit[8] = master_arvalid & slv8_connect & (slv8_masked_base_addr==({{(65-ADDR_WIDTH){1'b0}},master_araddr} & slv8_addr_mask));
	`ifdef ATCBMC300_PRIORITY_DECODE
		assign slave_hit[8] = slave_pre_hit[8] & (~(|slave_pre_hit[7:0]));
	`else
		assign slave_hit[8] = slave_pre_hit[8];
	`endif // ATCBMC300_PRIORITY_DECODE
	assign slave_arready[8] = (slv8_ar_mid==self_id) & slv8_arready & slv8_connect;
`else
	assign    slave_hit[8] = 1'b0;
	assign    slave_pre_hit[8] = 1'b0;
	assign slave_arready[8] = 1'b0;
	assign   mst_arvalid[8] = 1'b0;
`endif
`ifdef ATCBMC300_SLV9_SUPPORT
reg slv9_arvalid;
always @(posedge aclk or negedge aresetn) begin
	if (!aresetn)
		slv9_arvalid <= 1'b0;
	else
		slv9_arvalid <= master_arready ? slave_hit[9] : (slv9_arvalid & ~slave_arready[9]);
end

	assign mst_arvalid[9] = slv9_arvalid;
	assign slave_pre_hit[9] = master_arvalid & slv9_connect & (slv9_masked_base_addr==({{(65-ADDR_WIDTH){1'b0}},master_araddr} & slv9_addr_mask));
	`ifdef ATCBMC300_PRIORITY_DECODE
		assign slave_hit[9] = slave_pre_hit[9] & (~(|slave_pre_hit[8:0]));
	`else
		assign slave_hit[9] = slave_pre_hit[9];
	`endif // ATCBMC300_PRIORITY_DECODE
	assign slave_arready[9] = (slv9_ar_mid==self_id) & slv9_arready & slv9_connect;
`else
	assign    slave_hit[9] = 1'b0;
	assign    slave_pre_hit[9] = 1'b0;
	assign slave_arready[9] = 1'b0;
	assign   mst_arvalid[9] = 1'b0;
`endif
`ifdef ATCBMC300_SLV10_SUPPORT
reg slv10_arvalid;
always @(posedge aclk or negedge aresetn) begin
	if (!aresetn)
		slv10_arvalid <= 1'b0;
	else
		slv10_arvalid <= master_arready ? slave_hit[10] : (slv10_arvalid & ~slave_arready[10]);
end

	assign mst_arvalid[10] = slv10_arvalid;
	assign slave_pre_hit[10] = master_arvalid & slv10_connect & (slv10_masked_base_addr==({{(65-ADDR_WIDTH){1'b0}},master_araddr} & slv10_addr_mask));
	`ifdef ATCBMC300_PRIORITY_DECODE
		assign slave_hit[10] = slave_pre_hit[10] & (~(|slave_pre_hit[9:0]));
	`else
		assign slave_hit[10] = slave_pre_hit[10];
	`endif // ATCBMC300_PRIORITY_DECODE
	assign slave_arready[10] = (slv10_ar_mid==self_id) & slv10_arready & slv10_connect;
`else
	assign    slave_hit[10] = 1'b0;
	assign    slave_pre_hit[10] = 1'b0;
	assign slave_arready[10] = 1'b0;
	assign   mst_arvalid[10] = 1'b0;
`endif
`ifdef ATCBMC300_SLV11_SUPPORT
reg slv11_arvalid;
always @(posedge aclk or negedge aresetn) begin
	if (!aresetn)
		slv11_arvalid <= 1'b0;
	else
		slv11_arvalid <= master_arready ? slave_hit[11] : (slv11_arvalid & ~slave_arready[11]);
end

	assign mst_arvalid[11] = slv11_arvalid;
	assign slave_pre_hit[11] = master_arvalid & slv11_connect & (slv11_masked_base_addr==({{(65-ADDR_WIDTH){1'b0}},master_araddr} & slv11_addr_mask));
	`ifdef ATCBMC300_PRIORITY_DECODE
		assign slave_hit[11] = slave_pre_hit[11] & (~(|slave_pre_hit[10:0]));
	`else
		assign slave_hit[11] = slave_pre_hit[11];
	`endif // ATCBMC300_PRIORITY_DECODE
	assign slave_arready[11] = (slv11_ar_mid==self_id) & slv11_arready & slv11_connect;
`else
	assign    slave_hit[11] = 1'b0;
	assign    slave_pre_hit[11] = 1'b0;
	assign slave_arready[11] = 1'b0;
	assign   mst_arvalid[11] = 1'b0;
`endif
`ifdef ATCBMC300_SLV12_SUPPORT
reg slv12_arvalid;
always @(posedge aclk or negedge aresetn) begin
	if (!aresetn)
		slv12_arvalid <= 1'b0;
	else
		slv12_arvalid <= master_arready ? slave_hit[12] : (slv12_arvalid & ~slave_arready[12]);
end

	assign mst_arvalid[12] = slv12_arvalid;
	assign slave_pre_hit[12] = master_arvalid & slv12_connect & (slv12_masked_base_addr==({{(65-ADDR_WIDTH){1'b0}},master_araddr} & slv12_addr_mask));
	`ifdef ATCBMC300_PRIORITY_DECODE
		assign slave_hit[12] = slave_pre_hit[12] & (~(|slave_pre_hit[11:0]));
	`else
		assign slave_hit[12] = slave_pre_hit[12];
	`endif // ATCBMC300_PRIORITY_DECODE
	assign slave_arready[12] = (slv12_ar_mid==self_id) & slv12_arready & slv12_connect;
`else
	assign    slave_hit[12] = 1'b0;
	assign    slave_pre_hit[12] = 1'b0;
	assign slave_arready[12] = 1'b0;
	assign   mst_arvalid[12] = 1'b0;
`endif
`ifdef ATCBMC300_SLV13_SUPPORT
reg slv13_arvalid;
always @(posedge aclk or negedge aresetn) begin
	if (!aresetn)
		slv13_arvalid <= 1'b0;
	else
		slv13_arvalid <= master_arready ? slave_hit[13] : (slv13_arvalid & ~slave_arready[13]);
end

	assign mst_arvalid[13] = slv13_arvalid;
	assign slave_pre_hit[13] = master_arvalid & slv13_connect & (slv13_masked_base_addr==({{(65-ADDR_WIDTH){1'b0}},master_araddr} & slv13_addr_mask));
	`ifdef ATCBMC300_PRIORITY_DECODE
		assign slave_hit[13] = slave_pre_hit[13] & (~(|slave_pre_hit[12:0]));
	`else
		assign slave_hit[13] = slave_pre_hit[13];
	`endif // ATCBMC300_PRIORITY_DECODE
	assign slave_arready[13] = (slv13_ar_mid==self_id) & slv13_arready & slv13_connect;
`else
	assign    slave_hit[13] = 1'b0;
	assign    slave_pre_hit[13] = 1'b0;
	assign slave_arready[13] = 1'b0;
	assign   mst_arvalid[13] = 1'b0;
`endif
`ifdef ATCBMC300_SLV14_SUPPORT
reg slv14_arvalid;
always @(posedge aclk or negedge aresetn) begin
	if (!aresetn)
		slv14_arvalid <= 1'b0;
	else
		slv14_arvalid <= master_arready ? slave_hit[14] : (slv14_arvalid & ~slave_arready[14]);
end

	assign mst_arvalid[14] = slv14_arvalid;
	assign slave_pre_hit[14] = master_arvalid & slv14_connect & (slv14_masked_base_addr==({{(65-ADDR_WIDTH){1'b0}},master_araddr} & slv14_addr_mask));
	`ifdef ATCBMC300_PRIORITY_DECODE
		assign slave_hit[14] = slave_pre_hit[14] & (~(|slave_pre_hit[13:0]));
	`else
		assign slave_hit[14] = slave_pre_hit[14];
	`endif // ATCBMC300_PRIORITY_DECODE
	assign slave_arready[14] = (slv14_ar_mid==self_id) & slv14_arready & slv14_connect;
`else
	assign    slave_hit[14] = 1'b0;
	assign    slave_pre_hit[14] = 1'b0;
	assign slave_arready[14] = 1'b0;
	assign   mst_arvalid[14] = 1'b0;
`endif
`ifdef ATCBMC300_SLV15_SUPPORT
reg slv15_arvalid;
always @(posedge aclk or negedge aresetn) begin
	if (!aresetn)
		slv15_arvalid <= 1'b0;
	else
		slv15_arvalid <= master_arready ? slave_hit[15] : (slv15_arvalid & ~slave_arready[15]);
end

	assign mst_arvalid[15] = slv15_arvalid;
	assign slave_pre_hit[15] = master_arvalid & slv15_connect & (slv15_masked_base_addr==({{(65-ADDR_WIDTH){1'b0}},master_araddr} & slv15_addr_mask));
	`ifdef ATCBMC300_PRIORITY_DECODE
		assign slave_hit[15] = slave_pre_hit[15] & (~(|slave_pre_hit[14:0]));
	`else
		assign slave_hit[15] = slave_pre_hit[15];
	`endif // ATCBMC300_PRIORITY_DECODE
	assign slave_arready[15] = (slv15_ar_mid==self_id) & slv15_arready & slv15_connect;
`else
	assign    slave_hit[15] = 1'b0;
	assign    slave_pre_hit[15] = 1'b0;
	assign slave_arready[15] = 1'b0;
	assign   mst_arvalid[15] = 1'b0;
`endif
`ifdef ATCBMC300_SLV16_SUPPORT
reg slv16_arvalid;
always @(posedge aclk or negedge aresetn) begin
	if (!aresetn)
		slv16_arvalid <= 1'b0;
	else
		slv16_arvalid <= master_arready ? slave_hit[16] : (slv16_arvalid & ~slave_arready[16]);
end

	assign mst_arvalid[16] = slv16_arvalid;
	assign slave_pre_hit[16] = master_arvalid & slv16_connect & (slv16_masked_base_addr==({{(65-ADDR_WIDTH){1'b0}},master_araddr} & slv16_addr_mask));
	`ifdef ATCBMC300_PRIORITY_DECODE
		assign slave_hit[16] = slave_pre_hit[16] & (~(|slave_pre_hit[15:0]));
	`else
		assign slave_hit[16] = slave_pre_hit[16];
	`endif // ATCBMC300_PRIORITY_DECODE
	assign slave_arready[16] = (slv16_ar_mid==self_id) & slv16_arready & slv16_connect;
`else
	assign    slave_hit[16] = 1'b0;
	assign    slave_pre_hit[16] = 1'b0;
	assign slave_arready[16] = 1'b0;
	assign   mst_arvalid[16] = 1'b0;
`endif
`ifdef ATCBMC300_SLV17_SUPPORT
reg slv17_arvalid;
always @(posedge aclk or negedge aresetn) begin
	if (!aresetn)
		slv17_arvalid <= 1'b0;
	else
		slv17_arvalid <= master_arready ? slave_hit[17] : (slv17_arvalid & ~slave_arready[17]);
end

	assign mst_arvalid[17] = slv17_arvalid;
	assign slave_pre_hit[17] = master_arvalid & slv17_connect & (slv17_masked_base_addr==({{(65-ADDR_WIDTH){1'b0}},master_araddr} & slv17_addr_mask));
	`ifdef ATCBMC300_PRIORITY_DECODE
		assign slave_hit[17] = slave_pre_hit[17] & (~(|slave_pre_hit[16:0]));
	`else
		assign slave_hit[17] = slave_pre_hit[17];
	`endif // ATCBMC300_PRIORITY_DECODE
	assign slave_arready[17] = (slv17_ar_mid==self_id) & slv17_arready & slv17_connect;
`else
	assign    slave_hit[17] = 1'b0;
	assign    slave_pre_hit[17] = 1'b0;
	assign slave_arready[17] = 1'b0;
	assign   mst_arvalid[17] = 1'b0;
`endif
`ifdef ATCBMC300_SLV18_SUPPORT
reg slv18_arvalid;
always @(posedge aclk or negedge aresetn) begin
	if (!aresetn)
		slv18_arvalid <= 1'b0;
	else
		slv18_arvalid <= master_arready ? slave_hit[18] : (slv18_arvalid & ~slave_arready[18]);
end

	assign mst_arvalid[18] = slv18_arvalid;
	assign slave_pre_hit[18] = master_arvalid & slv18_connect & (slv18_masked_base_addr==({{(65-ADDR_WIDTH){1'b0}},master_araddr} & slv18_addr_mask));
	`ifdef ATCBMC300_PRIORITY_DECODE
		assign slave_hit[18] = slave_pre_hit[18] & (~(|slave_pre_hit[17:0]));
	`else
		assign slave_hit[18] = slave_pre_hit[18];
	`endif // ATCBMC300_PRIORITY_DECODE
	assign slave_arready[18] = (slv18_ar_mid==self_id) & slv18_arready & slv18_connect;
`else
	assign    slave_hit[18] = 1'b0;
	assign    slave_pre_hit[18] = 1'b0;
	assign slave_arready[18] = 1'b0;
	assign   mst_arvalid[18] = 1'b0;
`endif
`ifdef ATCBMC300_SLV19_SUPPORT
reg slv19_arvalid;
always @(posedge aclk or negedge aresetn) begin
	if (!aresetn)
		slv19_arvalid <= 1'b0;
	else
		slv19_arvalid <= master_arready ? slave_hit[19] : (slv19_arvalid & ~slave_arready[19]);
end

	assign mst_arvalid[19] = slv19_arvalid;
	assign slave_pre_hit[19] = master_arvalid & slv19_connect & (slv19_masked_base_addr==({{(65-ADDR_WIDTH){1'b0}},master_araddr} & slv19_addr_mask));
	`ifdef ATCBMC300_PRIORITY_DECODE
		assign slave_hit[19] = slave_pre_hit[19] & (~(|slave_pre_hit[18:0]));
	`else
		assign slave_hit[19] = slave_pre_hit[19];
	`endif // ATCBMC300_PRIORITY_DECODE
	assign slave_arready[19] = (slv19_ar_mid==self_id) & slv19_arready & slv19_connect;
`else
	assign    slave_hit[19] = 1'b0;
	assign    slave_pre_hit[19] = 1'b0;
	assign slave_arready[19] = 1'b0;
	assign   mst_arvalid[19] = 1'b0;
`endif
`ifdef ATCBMC300_SLV20_SUPPORT
reg slv20_arvalid;
always @(posedge aclk or negedge aresetn) begin
	if (!aresetn)
		slv20_arvalid <= 1'b0;
	else
		slv20_arvalid <= master_arready ? slave_hit[20] : (slv20_arvalid & ~slave_arready[20]);
end

	assign mst_arvalid[20] = slv20_arvalid;
	assign slave_pre_hit[20] = master_arvalid & slv20_connect & (slv20_masked_base_addr==({{(65-ADDR_WIDTH){1'b0}},master_araddr} & slv20_addr_mask));
	`ifdef ATCBMC300_PRIORITY_DECODE
		assign slave_hit[20] = slave_pre_hit[20] & (~(|slave_pre_hit[19:0]));
	`else
		assign slave_hit[20] = slave_pre_hit[20];
	`endif // ATCBMC300_PRIORITY_DECODE
	assign slave_arready[20] = (slv20_ar_mid==self_id) & slv20_arready & slv20_connect;
`else
	assign    slave_hit[20] = 1'b0;
	assign    slave_pre_hit[20] = 1'b0;
	assign slave_arready[20] = 1'b0;
	assign   mst_arvalid[20] = 1'b0;
`endif
`ifdef ATCBMC300_SLV21_SUPPORT
reg slv21_arvalid;
always @(posedge aclk or negedge aresetn) begin
	if (!aresetn)
		slv21_arvalid <= 1'b0;
	else
		slv21_arvalid <= master_arready ? slave_hit[21] : (slv21_arvalid & ~slave_arready[21]);
end

	assign mst_arvalid[21] = slv21_arvalid;
	assign slave_pre_hit[21] = master_arvalid & slv21_connect & (slv21_masked_base_addr==({{(65-ADDR_WIDTH){1'b0}},master_araddr} & slv21_addr_mask));
	`ifdef ATCBMC300_PRIORITY_DECODE
		assign slave_hit[21] = slave_pre_hit[21] & (~(|slave_pre_hit[20:0]));
	`else
		assign slave_hit[21] = slave_pre_hit[21];
	`endif // ATCBMC300_PRIORITY_DECODE
	assign slave_arready[21] = (slv21_ar_mid==self_id) & slv21_arready & slv21_connect;
`else
	assign    slave_hit[21] = 1'b0;
	assign    slave_pre_hit[21] = 1'b0;
	assign slave_arready[21] = 1'b0;
	assign   mst_arvalid[21] = 1'b0;
`endif
`ifdef ATCBMC300_SLV22_SUPPORT
reg slv22_arvalid;
always @(posedge aclk or negedge aresetn) begin
	if (!aresetn)
		slv22_arvalid <= 1'b0;
	else
		slv22_arvalid <= master_arready ? slave_hit[22] : (slv22_arvalid & ~slave_arready[22]);
end

	assign mst_arvalid[22] = slv22_arvalid;
	assign slave_pre_hit[22] = master_arvalid & slv22_connect & (slv22_masked_base_addr==({{(65-ADDR_WIDTH){1'b0}},master_araddr} & slv22_addr_mask));
	`ifdef ATCBMC300_PRIORITY_DECODE
		assign slave_hit[22] = slave_pre_hit[22] & (~(|slave_pre_hit[21:0]));
	`else
		assign slave_hit[22] = slave_pre_hit[22];
	`endif // ATCBMC300_PRIORITY_DECODE
	assign slave_arready[22] = (slv22_ar_mid==self_id) & slv22_arready & slv22_connect;
`else
	assign    slave_hit[22] = 1'b0;
	assign    slave_pre_hit[22] = 1'b0;
	assign slave_arready[22] = 1'b0;
	assign   mst_arvalid[22] = 1'b0;
`endif
`ifdef ATCBMC300_SLV23_SUPPORT
reg slv23_arvalid;
always @(posedge aclk or negedge aresetn) begin
	if (!aresetn)
		slv23_arvalid <= 1'b0;
	else
		slv23_arvalid <= master_arready ? slave_hit[23] : (slv23_arvalid & ~slave_arready[23]);
end

	assign mst_arvalid[23] = slv23_arvalid;
	assign slave_pre_hit[23] = master_arvalid & slv23_connect & (slv23_masked_base_addr==({{(65-ADDR_WIDTH){1'b0}},master_araddr} & slv23_addr_mask));
	`ifdef ATCBMC300_PRIORITY_DECODE
		assign slave_hit[23] = slave_pre_hit[23] & (~(|slave_pre_hit[22:0]));
	`else
		assign slave_hit[23] = slave_pre_hit[23];
	`endif // ATCBMC300_PRIORITY_DECODE
	assign slave_arready[23] = (slv23_ar_mid==self_id) & slv23_arready & slv23_connect;
`else
	assign    slave_hit[23] = 1'b0;
	assign    slave_pre_hit[23] = 1'b0;
	assign slave_arready[23] = 1'b0;
	assign   mst_arvalid[23] = 1'b0;
`endif
`ifdef ATCBMC300_SLV24_SUPPORT
reg slv24_arvalid;
always @(posedge aclk or negedge aresetn) begin
	if (!aresetn)
		slv24_arvalid <= 1'b0;
	else
		slv24_arvalid <= master_arready ? slave_hit[24] : (slv24_arvalid & ~slave_arready[24]);
end

	assign mst_arvalid[24] = slv24_arvalid;
	assign slave_pre_hit[24] = master_arvalid & slv24_connect & (slv24_masked_base_addr==({{(65-ADDR_WIDTH){1'b0}},master_araddr} & slv24_addr_mask));
	`ifdef ATCBMC300_PRIORITY_DECODE
		assign slave_hit[24] = slave_pre_hit[24] & (~(|slave_pre_hit[23:0]));
	`else
		assign slave_hit[24] = slave_pre_hit[24];
	`endif // ATCBMC300_PRIORITY_DECODE
	assign slave_arready[24] = (slv24_ar_mid==self_id) & slv24_arready & slv24_connect;
`else
	assign    slave_hit[24] = 1'b0;
	assign    slave_pre_hit[24] = 1'b0;
	assign slave_arready[24] = 1'b0;
	assign   mst_arvalid[24] = 1'b0;
`endif
`ifdef ATCBMC300_SLV25_SUPPORT
reg slv25_arvalid;
always @(posedge aclk or negedge aresetn) begin
	if (!aresetn)
		slv25_arvalid <= 1'b0;
	else
		slv25_arvalid <= master_arready ? slave_hit[25] : (slv25_arvalid & ~slave_arready[25]);
end

	assign mst_arvalid[25] = slv25_arvalid;
	assign slave_pre_hit[25] = master_arvalid & slv25_connect & (slv25_masked_base_addr==({{(65-ADDR_WIDTH){1'b0}},master_araddr} & slv25_addr_mask));
	`ifdef ATCBMC300_PRIORITY_DECODE
		assign slave_hit[25] = slave_pre_hit[25] & (~(|slave_pre_hit[24:0]));
	`else
		assign slave_hit[25] = slave_pre_hit[25];
	`endif // ATCBMC300_PRIORITY_DECODE
	assign slave_arready[25] = (slv25_ar_mid==self_id) & slv25_arready & slv25_connect;
`else
	assign    slave_hit[25] = 1'b0;
	assign    slave_pre_hit[25] = 1'b0;
	assign slave_arready[25] = 1'b0;
	assign   mst_arvalid[25] = 1'b0;
`endif
`ifdef ATCBMC300_SLV26_SUPPORT
reg slv26_arvalid;
always @(posedge aclk or negedge aresetn) begin
	if (!aresetn)
		slv26_arvalid <= 1'b0;
	else
		slv26_arvalid <= master_arready ? slave_hit[26] : (slv26_arvalid & ~slave_arready[26]);
end

	assign mst_arvalid[26] = slv26_arvalid;
	assign slave_pre_hit[26] = master_arvalid & slv26_connect & (slv26_masked_base_addr==({{(65-ADDR_WIDTH){1'b0}},master_araddr} & slv26_addr_mask));
	`ifdef ATCBMC300_PRIORITY_DECODE
		assign slave_hit[26] = slave_pre_hit[26] & (~(|slave_pre_hit[25:0]));
	`else
		assign slave_hit[26] = slave_pre_hit[26];
	`endif // ATCBMC300_PRIORITY_DECODE
	assign slave_arready[26] = (slv26_ar_mid==self_id) & slv26_arready & slv26_connect;
`else
	assign    slave_hit[26] = 1'b0;
	assign    slave_pre_hit[26] = 1'b0;
	assign slave_arready[26] = 1'b0;
	assign   mst_arvalid[26] = 1'b0;
`endif
`ifdef ATCBMC300_SLV27_SUPPORT
reg slv27_arvalid;
always @(posedge aclk or negedge aresetn) begin
	if (!aresetn)
		slv27_arvalid <= 1'b0;
	else
		slv27_arvalid <= master_arready ? slave_hit[27] : (slv27_arvalid & ~slave_arready[27]);
end

	assign mst_arvalid[27] = slv27_arvalid;
	assign slave_pre_hit[27] = master_arvalid & slv27_connect & (slv27_masked_base_addr==({{(65-ADDR_WIDTH){1'b0}},master_araddr} & slv27_addr_mask));
	`ifdef ATCBMC300_PRIORITY_DECODE
		assign slave_hit[27] = slave_pre_hit[27] & (~(|slave_pre_hit[26:0]));
	`else
		assign slave_hit[27] = slave_pre_hit[27];
	`endif // ATCBMC300_PRIORITY_DECODE
	assign slave_arready[27] = (slv27_ar_mid==self_id) & slv27_arready & slv27_connect;
`else
	assign    slave_hit[27] = 1'b0;
	assign    slave_pre_hit[27] = 1'b0;
	assign slave_arready[27] = 1'b0;
	assign   mst_arvalid[27] = 1'b0;
`endif
`ifdef ATCBMC300_SLV28_SUPPORT
reg slv28_arvalid;
always @(posedge aclk or negedge aresetn) begin
	if (!aresetn)
		slv28_arvalid <= 1'b0;
	else
		slv28_arvalid <= master_arready ? slave_hit[28] : (slv28_arvalid & ~slave_arready[28]);
end

	assign mst_arvalid[28] = slv28_arvalid;
	assign slave_pre_hit[28] = master_arvalid & slv28_connect & (slv28_masked_base_addr==({{(65-ADDR_WIDTH){1'b0}},master_araddr} & slv28_addr_mask));
	`ifdef ATCBMC300_PRIORITY_DECODE
		assign slave_hit[28] = slave_pre_hit[28] & (~(|slave_pre_hit[27:0]));
	`else
		assign slave_hit[28] = slave_pre_hit[28];
	`endif // ATCBMC300_PRIORITY_DECODE
	assign slave_arready[28] = (slv28_ar_mid==self_id) & slv28_arready & slv28_connect;
`else
	assign    slave_hit[28] = 1'b0;
	assign    slave_pre_hit[28] = 1'b0;
	assign slave_arready[28] = 1'b0;
	assign   mst_arvalid[28] = 1'b0;
`endif
`ifdef ATCBMC300_SLV29_SUPPORT
reg slv29_arvalid;
always @(posedge aclk or negedge aresetn) begin
	if (!aresetn)
		slv29_arvalid <= 1'b0;
	else
		slv29_arvalid <= master_arready ? slave_hit[29] : (slv29_arvalid & ~slave_arready[29]);
end

	assign mst_arvalid[29] = slv29_arvalid;
	assign slave_pre_hit[29] = master_arvalid & slv29_connect & (slv29_masked_base_addr==({{(65-ADDR_WIDTH){1'b0}},master_araddr} & slv29_addr_mask));
	`ifdef ATCBMC300_PRIORITY_DECODE
		assign slave_hit[29] = slave_pre_hit[29] & (~(|slave_pre_hit[28:0]));
	`else
		assign slave_hit[29] = slave_pre_hit[29];
	`endif // ATCBMC300_PRIORITY_DECODE
	assign slave_arready[29] = (slv29_ar_mid==self_id) & slv29_arready & slv29_connect;
`else
	assign    slave_hit[29] = 1'b0;
	assign    slave_pre_hit[29] = 1'b0;
	assign slave_arready[29] = 1'b0;
	assign   mst_arvalid[29] = 1'b0;
`endif
`ifdef ATCBMC300_SLV30_SUPPORT
reg slv30_arvalid;
always @(posedge aclk or negedge aresetn) begin
	if (!aresetn)
		slv30_arvalid <= 1'b0;
	else
		slv30_arvalid <= master_arready ? slave_hit[30] : (slv30_arvalid & ~slave_arready[30]);
end

	assign mst_arvalid[30] = slv30_arvalid;
	assign slave_pre_hit[30] = master_arvalid & slv30_connect & (slv30_masked_base_addr==({{(65-ADDR_WIDTH){1'b0}},master_araddr} & slv30_addr_mask));
	`ifdef ATCBMC300_PRIORITY_DECODE
		assign slave_hit[30] = slave_pre_hit[30] & (~(|slave_pre_hit[29:0]));
	`else
		assign slave_hit[30] = slave_pre_hit[30];
	`endif // ATCBMC300_PRIORITY_DECODE
	assign slave_arready[30] = (slv30_ar_mid==self_id) & slv30_arready & slv30_connect;
`else
	assign    slave_hit[30] = 1'b0;
	assign    slave_pre_hit[30] = 1'b0;
	assign slave_arready[30] = 1'b0;
	assign   mst_arvalid[30] = 1'b0;
`endif
`ifdef ATCBMC300_SLV31_SUPPORT
reg slv31_arvalid;
always @(posedge aclk or negedge aresetn) begin
	if (!aresetn)
		slv31_arvalid <= 1'b0;
	else
		slv31_arvalid <= master_arready ? slave_hit[31] : (slv31_arvalid & ~slave_arready[31]);
end

	assign mst_arvalid[31] = slv31_arvalid;
	assign slave_pre_hit[31] = master_arvalid & slv31_connect & (slv31_masked_base_addr==({{(65-ADDR_WIDTH){1'b0}},master_araddr} & slv31_addr_mask));
	`ifdef ATCBMC300_PRIORITY_DECODE
		assign slave_hit[31] = slave_pre_hit[31] & (~(|slave_pre_hit[30:0]));
	`else
		assign slave_hit[31] = slave_pre_hit[31];
	`endif // ATCBMC300_PRIORITY_DECODE
	assign slave_arready[31] = (slv31_ar_mid==self_id) & slv31_arready & slv31_connect;
`else
	assign    slave_hit[31] = 1'b0;
	assign    slave_pre_hit[31] = 1'b0;
	assign slave_arready[31] = 1'b0;
	assign   mst_arvalid[31] = 1'b0;
`endif
// VPERL_GENERATED_END
assign us_arready = ~pending_arvalid;
assign master_arvalid = pending_arvalid | us_arvalid;
assign master_araddr  = pending_arvalid ? pending_araddr : us_araddr;
assign master_arid    = pending_arvalid ? pending_arid   : us_arid;
assign master_arlock  = pending_arvalid ? pending_arlock  : us_arlock ;
assign master_arready = ~|(mst_arvalid & ~slave_arready) & data_channel_ready & ~read_exclusive_blocking;
assign data_channel_ready = ~dec_err_rvalid & (dec_err_sel ? ar_outstanding_idle : ar_outstanding_ready);
assign read_exclusive_blocking = (master_arlock & (~(ar_outstanding_idle & ~us_rvalid) | //No read outstanding before receiving read exclusive (RE) address
                                                   (mst_awlocking & (locking_awid==master_arid)))); //  Blocking RE address when the store exclusive which is same ID is outstanding 

always @(posedge aclk or negedge aresetn) begin
	if (!aresetn)
		pending_arvalid <= 1'b0;
	else 
		pending_arvalid <= master_arvalid & ~master_arready;
end

always @(posedge aclk or negedge aresetn) begin
	if (!aresetn) begin
		pending_araddr  <= {ADDR_WIDTH{1'b0}}; 
		pending_arlen   <= 8'b0;
		pending_arsize  <= 3'b0;
		pending_arburst <= 2'b0;
		pending_arcache <= 4'b0;
		pending_arlock  <= 1'b0;
		pending_arprot  <= 3'b0;
		pending_arid   <= {ID_WIDTH{1'b0}};
	end else if (us_arvalid & ~master_arready & ~pending_arvalid) begin
		pending_araddr  <=  us_araddr ;
		pending_arlen   <=  us_arlen  ;
		pending_arsize  <=  us_arsize ;
		pending_arburst <=  us_arburst;
		pending_arcache <=  us_arcache;
		pending_arlock  <=  us_arlock ;
		pending_arprot  <=  us_arprot ;
		pending_arid    <=  us_arid  ;
	end	
end
 
always @(posedge aclk or negedge aresetn) begin
	if (!aresetn) begin
		mst_araddr  <= {ADDR_WIDTH{1'b0}}; 
		mst_arsize  <= 3'b0;
		mst_arburst <= 2'b0;
		mst_arcache <= 4'b0;
		mst_arlock  <= 1'b0;
		mst_arprot  <= 3'b0;
		mst_arid   <= {ID_WIDTH{1'b0}};
	end else if (master_arvalid && master_arready) begin
		mst_araddr  <=  master_araddr ;
		mst_arsize  <=  pending_arvalid ? pending_arsize  : us_arsize ;
		mst_arburst <=  pending_arvalid ? pending_arburst : us_arburst;
		mst_arcache <=  pending_arvalid ? pending_arcache : us_arcache;
		mst_arlock  <=  master_arlock;
		mst_arprot  <=  pending_arvalid ? pending_arprot  : us_arprot ;
		mst_arid   <=  master_arid;
	end	
end

always @(posedge aclk or negedge aresetn) begin
	if (!aresetn)
		mst_arlen   <= 8'h0;
	else if (master_arvalid && master_arready)
		mst_arlen   <=  pending_arvalid ? pending_arlen   : us_arlen  ;
	else 
		mst_arlen   <=  mst_arlen - {7'b0,dec_err_rvalid & dec_err_rready & (mst_arlen!=8'h0)};
end

assign dec_err_rd_resp_data = {2'b11, (mst_arlen==8'h0), {DATA_WIDTH{1'b0}}};
assign dec_err_rid = mst_arid;

always @(posedge aclk or negedge aresetn) begin
	if (!aresetn)
		dec_err_rvalid <= 1'b0;
	else 
		dec_err_rvalid <= master_arready ? dec_err_sel : (dec_err_rvalid & ~(dec_err_rready & (mst_arlen==8'h0)));
end

always @(posedge aclk or negedge aresetn) begin
	if (!aresetn) begin
		mst_arlocking  <= 1'b0;
		locking_arid   <= {ID_WIDTH{1'b0}};
	end else if (master_arvalid & master_arready & master_arlock) begin
		mst_arlocking  <= 1'b1;
		locking_arid   <= master_arid;
        end else if (us_rvalid & us_rready & us_rlast & (us_rid==locking_arid))
		mst_arlocking  <= 1'b0;
end

endmodule